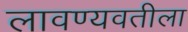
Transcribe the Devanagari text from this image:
लावण्यवतीला